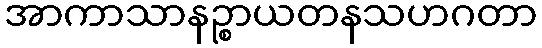
အာကာသာနဉ္စာယတနသဟဂတာ